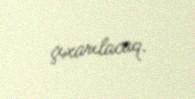
çıxarılacaq.